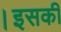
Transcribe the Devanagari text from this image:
।इसकी